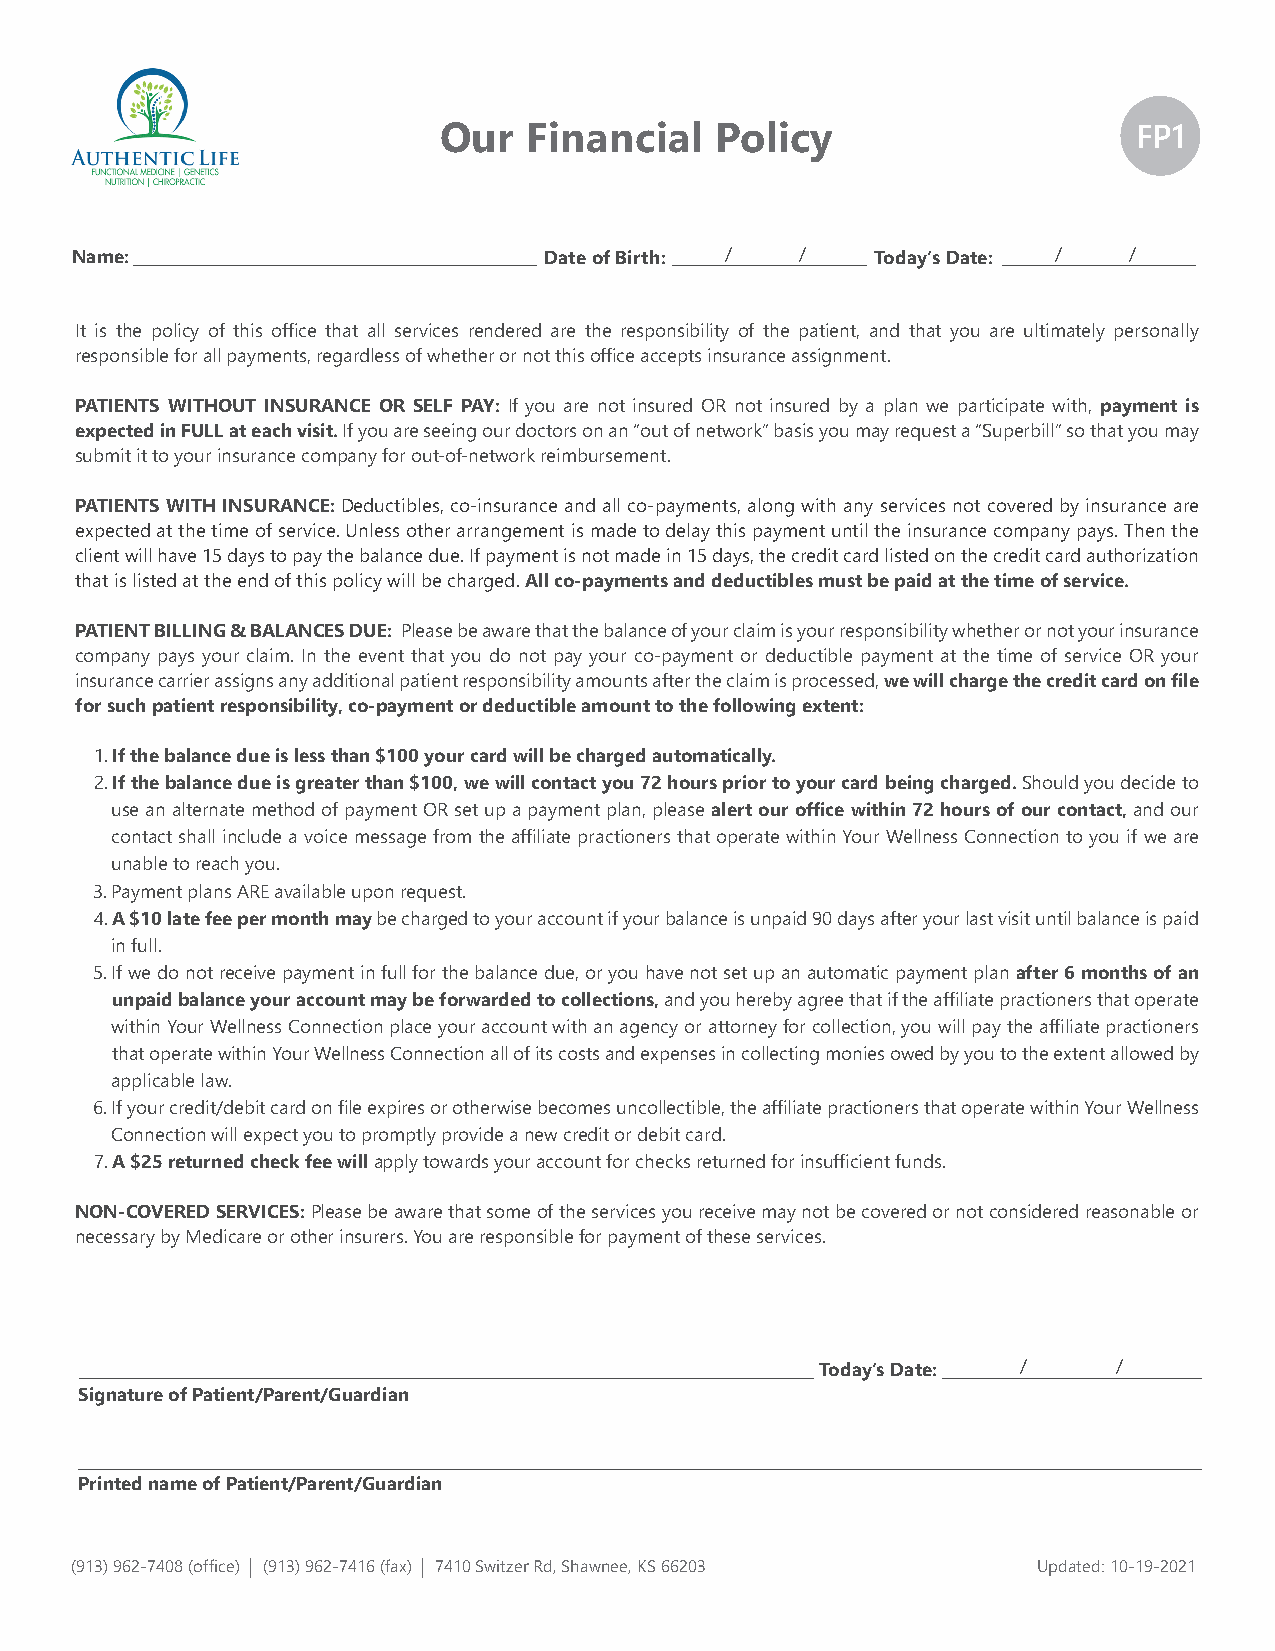
Our   Financial   Policy                      FP1
 Name:                          Date of Birth: / /    Today’s Date: /  /
 It is the policy of this office that all services rendered are the responsibility of the patient, and that you are ultimately personally
 responsible for all payments, regardless of whether or not this office accepts insurance assignment.
 PATIENTS WITHOUT INSURANCE OR SELF PAY: If you are not insured OR not insured by a plan we participate with, payment is
 expected in FULL at each visit. If you are seeing our doctors on an “out of network” basis you may request a “Superbill” so that you may
 submit it to your insurance company for out-of-network reimbursement.
 PATIENTS WITH INSURANCE: Deductibles, co-insurance and all co-payments, along with any services not covered by insurance are
 expected at the time of service. Unless other arrangement is made to delay this payment until the insurance company pays. Then the
 client will have 15 days to pay the balance due. If payment is not made in 15 days, the credit card listed on the credit card authorization
 that is listed at the end of this policy will be charged. All co-payments and deductibles must be paid at the time of service.
 PATIENT BILLING & BALANCES DUE: Please be aware that the balance of your claim is your responsibility whether or not your insurance
 company pays your claim. In the event that you do not pay your co-payment or deductible payment at the time of service OR your
 insurance carrier assigns any additional patient responsibility amounts after the claim is processed, we will charge the credit card on file
 for such patient responsibility, co-payment or deductible amount to the following extent:
 1. If the balance due is less than $100 your card will be charged automatically.
 2. If the balance due is greater than $100, we will contact you 72 hours prior to your card being charged. Should you decide to
 use an alternate method of payment OR set up a payment plan, please alert our office within 72 hours of our contact, and our
 contact shall include a voice message from the affiliate practioners that operate within Your Wellness Connection to you if we are
 unable to reach you.
 3. Payment plans ARE available upon request.
 4. A $10 late fee per month may be charged to your account if your balance is unpaid 90 days after your last visit until balance is paid
 in full.
 5. If we do not receive payment in full for the balance due, or you have not set up an automatic payment plan after 6 months of an
 unpaid balance your account may be forwarded to collections, and you hereby agree that if the affiliate practioners that operate
 within Your Wellness Connection place your account with an agency or attorney for collection, you will pay the affiliate practioners
 that operate within Your Wellness Connection all of its costs and expenses in collecting monies owed by you to the extent allowed by
 applicable law.
 6. If your credit/debit card on file expires or otherwise becomes uncollectible, the affiliate practioners that operate within Your Wellness
 Connection will expect you to promptly provide a new credit or debit card.
 7. A $25 returned check fee will apply towards your account for checks returned for insufficient funds.
 NON-COVERED SERVICES: Please be aware that some of the services you receive may not be covered or not considered reasonable or
 necessary by Medicare or other insurers. You are responsible for payment of these services.
 Today’s Date: /     /
 Signature of Patient/Parent/Guardian
 Printed name of Patient/Parent/Guardian
 (913) 962-7408 (office) | (913) 962-7416 (fax) | 7410 Switzer Rd, Shawnee, KS 66203 Updated: 10-19-2021